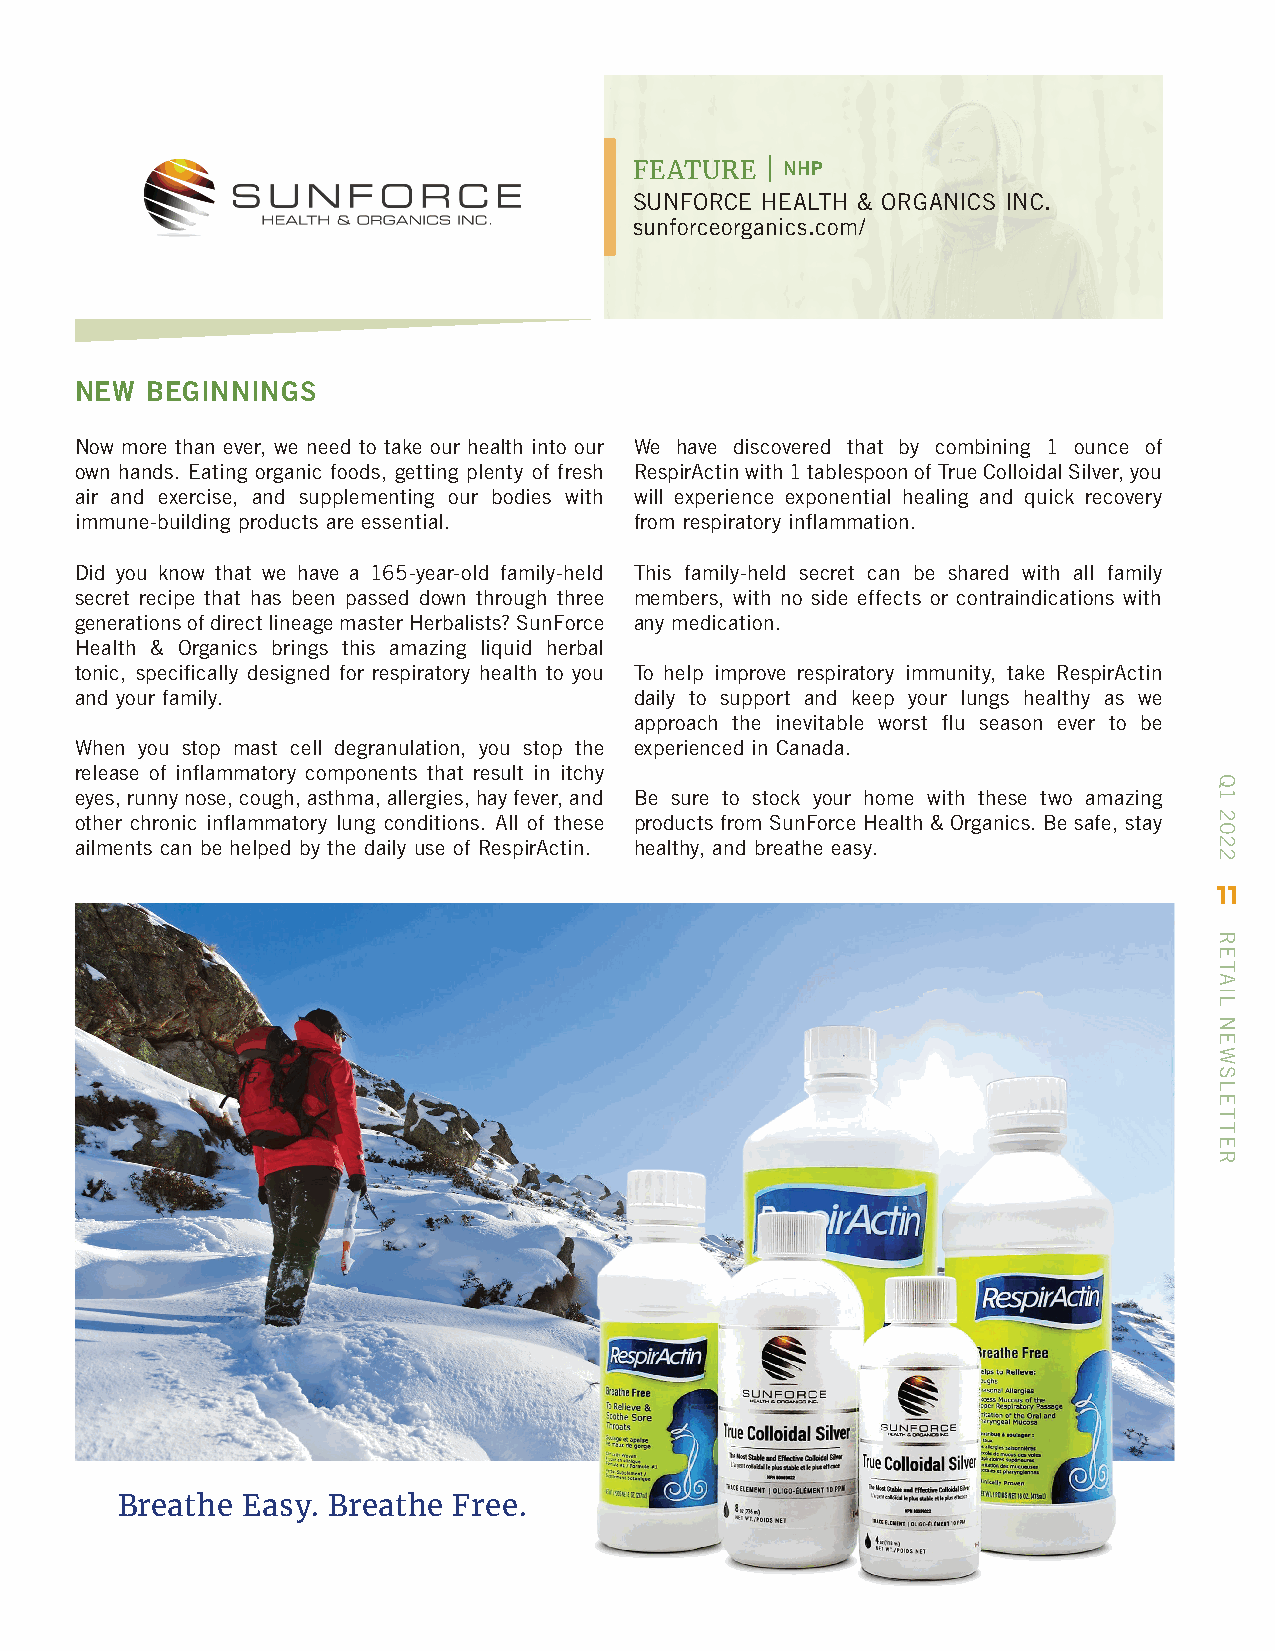
FEATURE  | NHP
 SUNFORCE HEALTH & ORGANICS INC.
 sunforceorganics.com/
 NEW  BEGINNINGS
 Now more than ever, we need to take our health into our We have discovered that by combining 1 ounce of
 own hands. Eating organic foods, getting plenty of fresh RespirActin with 1 tablespoon of True Colloidal Silver, you
 air and exercise, and supplementing our bodies with will experience exponential healing and quick recovery
 immune-building products are essential. from respiratory inflammation.
 Did you know that we have a 165-year-old family-held This family-held secret can be shared with all family
 secret recipe that has been passed down through three members, with no side effects or contraindications with
 generations of direct lineage master Herbalists? SunForce any medication.
 Health & Organics brings this amazing liquid herbal
 tonic, specifically designed for respiratory health to you To help improve respiratory immunity, take RespirActin
 and your family.                     daily to support and keep your lungs healthy as we
 approach the inevitable worst flu season ever to be
 When you stop mast cell degranulation, you stop the experienced in Canada.
 release of inflammatory components that result in itchy
 eyes, runny nose, cough, asthma, allergies, hay fever, and Be sure to stock your home with these two amazing
 other chronic inflammatory lung conditions. All of these products from SunForce Health & Organics. Be safe, stay
 ailments can be helped by the daily use of RespirActin. healthy, and breathe easy.
 11
 Breathe Easy. Breathe Free.
 Q1
 2022
 RETAIL
 NEWSLETTER